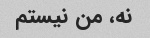
نه، من نیستم